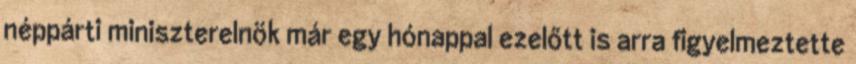
néppárti miniszterelnök már egy hónappal ezelőtt is arra figyelmeztette